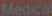
Medical